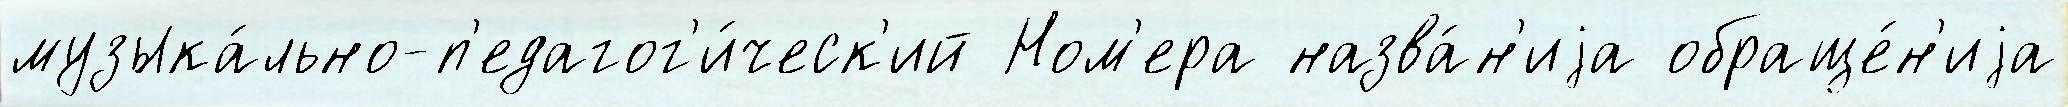
музыка́льно-п'едагог'и́ческ'ий Ном'ера назва́н'иjа обраще́н'иjа